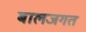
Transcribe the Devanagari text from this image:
बालजगत